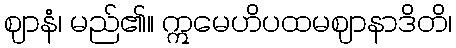
ဈာနံ၊ မည်၏။ ဣမေဟိပထမဈာနာဒိတိ၊